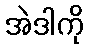
အဲဒါကို